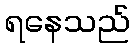
ရနေသည်